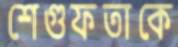
শেগুফতাকে